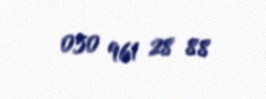
050 961 28 88